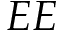
E E